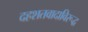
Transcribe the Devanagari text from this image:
दहशतवादाविरूद्ध